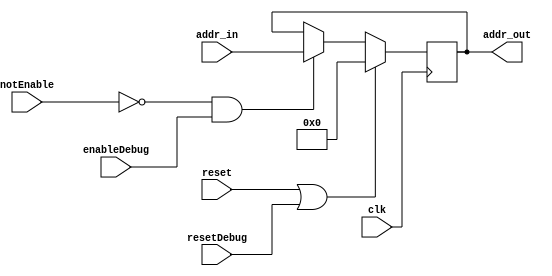
`timescale 1ns / 1ps
//////////////////////////////////////////////////////////////////////////////////
// Company: 
// Engineer: 
// 
// Design Name: 
// Module Name:    Program_Counter 
// Project Name: 
// Target Devices: 
// Tool versions: 
// Description: 
//
// Dependencies: 
//
// Revision: 
// Revision 0.01 - File Created
// Additional Comments: 
//
//////////////////////////////////////////////////////////////////////////////////
module Program_Counter(clk,notEnable,reset,enableDebug,resetDebug,addr_in,addr_out);
//-------------------------------------------Entradas-----------------------------------------//
	input clk;
	input notEnable;
	input reset;
	input enableDebug;
	input resetDebug;
	input	[7:0] addr_in;
//--------------------------------------------Salidas-----------------------------------------//
	output reg [7:0] addr_out;
//---------------------------------------------Wires------------------------------------------//
//-------------------------------------------Registros----------------------------------------//
//-----------------------------------------Inicializacion-------------------------------------//
	initial
		begin
			addr_out = 0;
		end
//--------------------------------------Declaracion de Bloques--------------------------------//
//--------------------------------------------Logica------------------------------------------//
	always @(negedge clk)
		begin
			if(reset || resetDebug)
				begin
					addr_out <= 0;
				end
			else if(~notEnable && enableDebug)
				begin
					addr_out <= addr_in;
				end
		end

endmodule